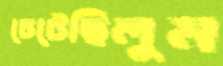
চেটেছিলুম